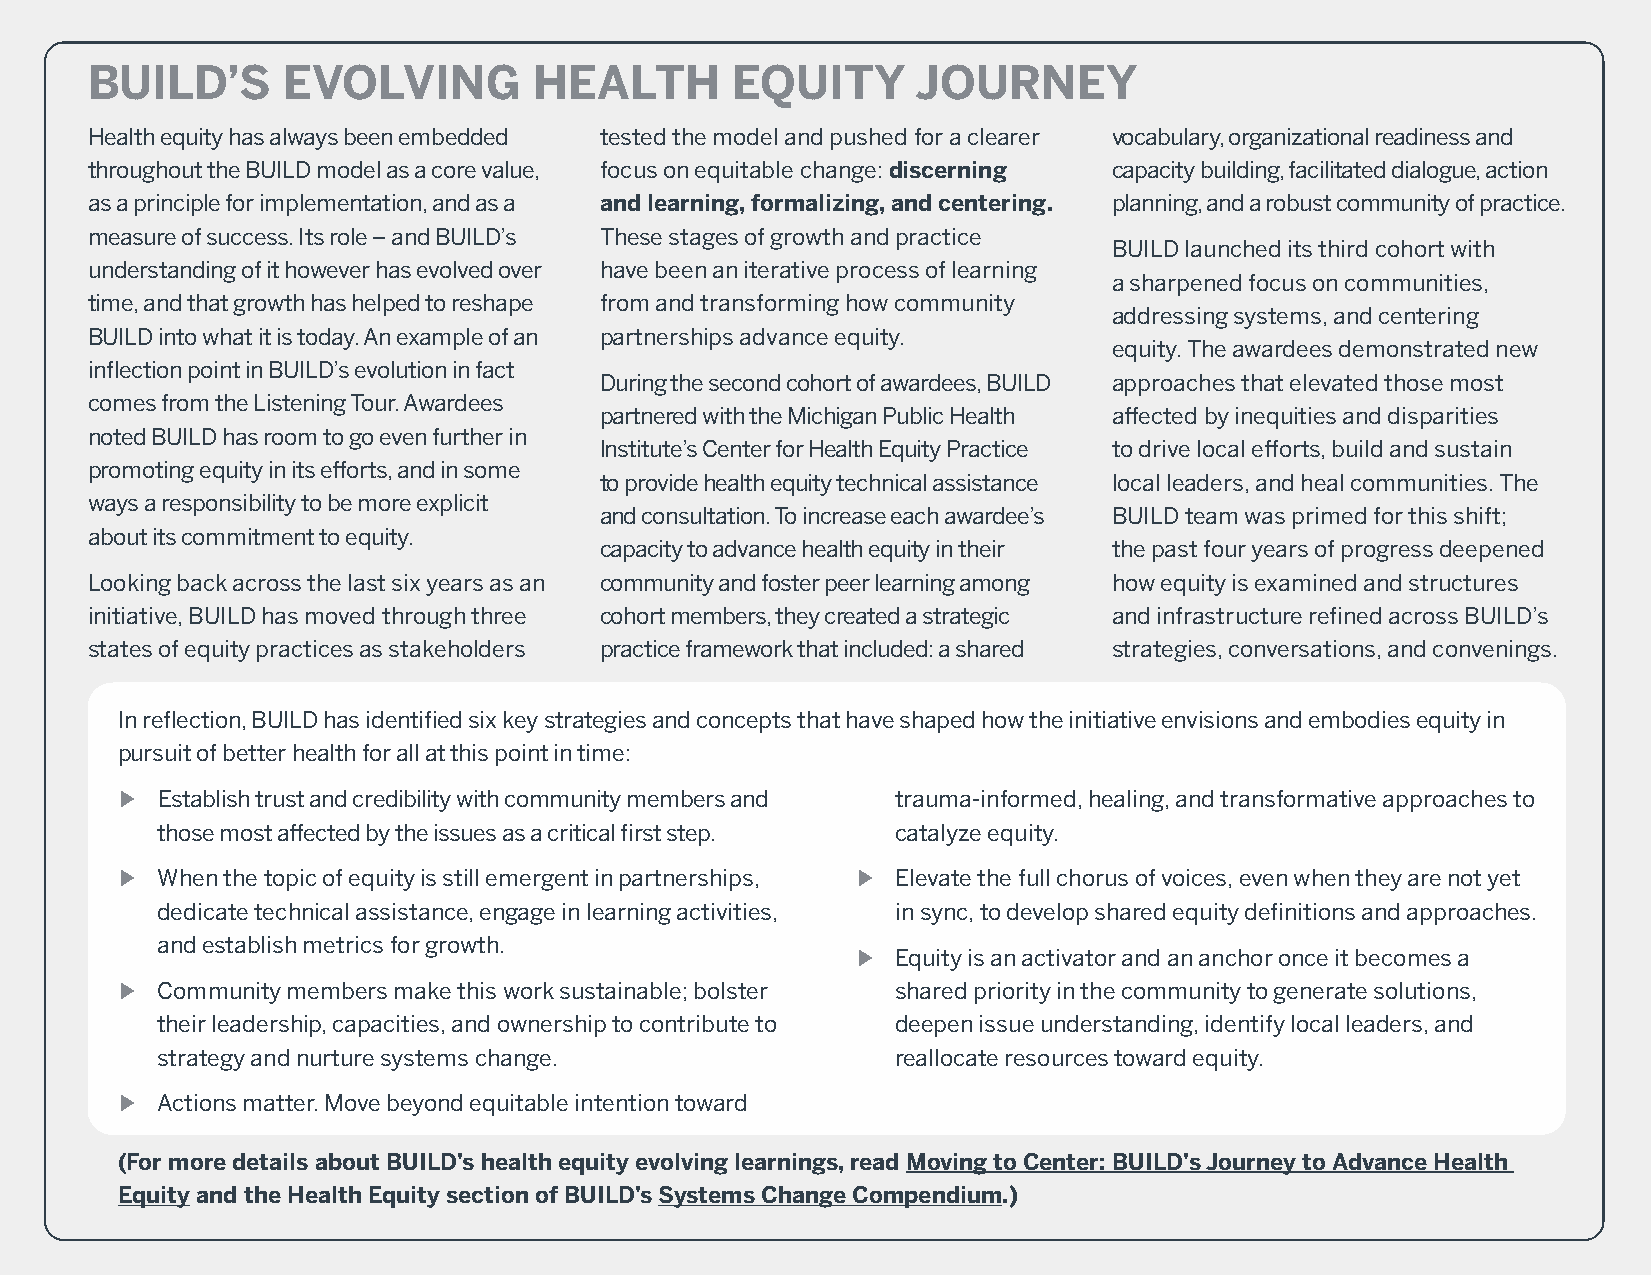
BUILD’S      EVOLVING        HEALTH        EQUITY      JOURNEY
 Health equity has always been embedded tested the model and pushed for a clearer vocabulary, organizational readiness and
 throughout the BUILD model as a core value, focus on equitable change: discerning capacity building, facilitated dialogue, action
 as a principle for implementation, and as a and learning, formalizing, and centering. planning, and a robust community of practice.
 measure of success. Its role – and BUILD’s These stages of growth and practice
 BUILD launched its third cohort with
 understanding of it however has evolved over have been an iterative process of learning
 a sharpened focus on communities,
 time, and that growth has helped to reshape from and transforming how community
 addressing systems, and centering
 BUILD into what it is today. An example of an partnerships advance equity.
 equity. The awardees demonstrated new
 inflection point in BUILD’s evolution in fact
 During the second cohort of awardees, BUILD approaches that elevated those most
 comes from the Listening Tour. Awardees
 partnered with the Michigan Public Health affected by inequities and disparities
 noted BUILD has room to go even further in
 Institute’s Center for Health Equity Practice to drive local efforts, build and sustain
 promoting equity in its efforts, and in some
 to provide health equity technical assistance local leaders, and heal communities. The
 ways a responsibility to be more explicit
 and consultation. To increase each awardee’s BUILD team was primed for this shift;
 about its commitment to equity.
 capacity to advance health equity in their the past four years of progress deepened
 Looking back across the last six years as an community and foster peer learning among how equity is examined and structures
 initiative, BUILD has moved through three cohort members, they created a strategic and infrastructure refined across BUILD’s
 states of equity practices as stakeholders practice framework that included: a shared strategies, conversations, and convenings.
 In reflection, BUILD has identified six key strategies and concepts that have shaped how the initiative envisions and embodies equity in
 pursuit of better health for all at this point in time:
 ࿷ Establish trust and credibility with community members and trauma-informed, healing, and transformative approaches to
 those most affected by the issues as a critical first step. catalyze equity.
 ࿷ When the topic of equity is still emergent in partnerships, ࿷ Elevate the full chorus of voices, even when they are not yet
 dedicate technical assistance, engage in learning activities, in sync, to develop shared equity definitions and approaches.
 and establish metrics for growth.
 ࿷ Equity is an activator and an anchor once it becomes a
 ࿷ Community members make this work sustainable; bolster shared priority in the community to generate solutions,
 their leadership, capacities, and ownership to contribute to deepen issue understanding, identify local leaders, and
 strategy and nurture systems change.             reallocate resources toward equity.
 ࿷ Actions matter. Move beyond equitable intention toward
 (For more details about BUILD’s health equity evolving learnings, read Moving to Center: BUILD’s Journey to Advance Health
 Equity and the Health Equity section of BUILD’s Systems Change Compendium.)